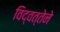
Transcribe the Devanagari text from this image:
विद्वत्तेने